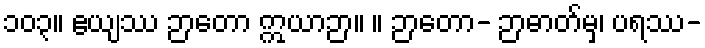
၁၀၃။ ဧယျဿ ဉာတော ဣယာဉာ။ ။ ဉာတော- ဉာဓာတ်မှ၊ ပရဿ-